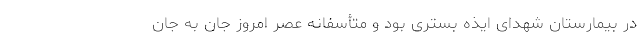
در بیمارستان شهدای ایذه بستری بود و متأسفانه عصر امروز جان به جان